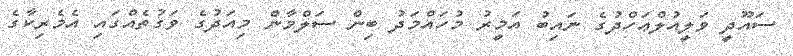
ސައޫދީ ވަލީއުލްޢަހްދުގެ ނައިބު އަމީރު މުހައްމަދު ބިން ސަލްމާން މިއަދުގެ ވަގުތެއްގައި އެމެރިކާގެ